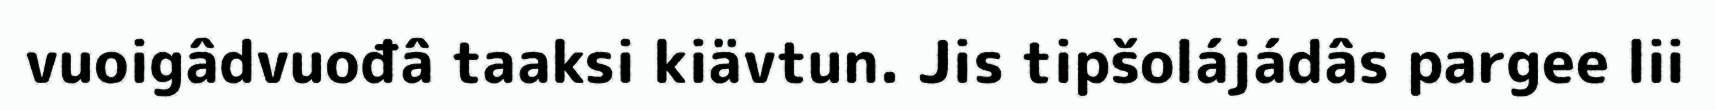
vuoigâdvuođâ taaksi kiävtun. Jis tipšolájádâs pargee lii